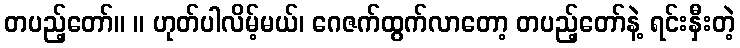
တပည့်တော်။ ။ ဟုတ်ပါလိမ့်မယ်၊ ဂေဇက်ထွက်လာတော့ တပည့်တော်နဲ့ ရင်းနှီးတဲ့